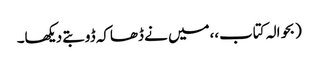
(بحوالہ کتاب،،میں نے ڈھاکہ ڈوبتے دیکھا۔